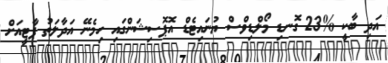
އަދި ބާކީ %23 ގޮނޑި މޯލްޑިވްސް ޔުނައިޓެޑް އޮޕޮސިޝަންގައި ހިމެނޭ އަދާލަތު ޕާޓީއަށް